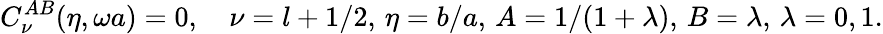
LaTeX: C_{\nu}^{AB}(\eta,\omega a)=0,\quad\nu=l+1/2,\, \eta=b/a,\, A=1/(1+\lambda),\, B=\lambda,\, \lambda=0,1.